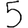
Digit: 5